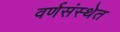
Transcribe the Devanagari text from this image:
वर्णसंस्थेत